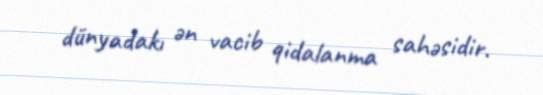
dünyadakı ən vacib qidalanma sahəsidir.